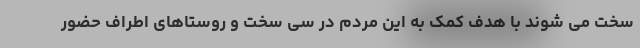
سخت می شوند با هدف کمک به این مردم در سی سخت و روستاهای اطراف حضور